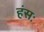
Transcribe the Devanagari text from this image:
हंसः